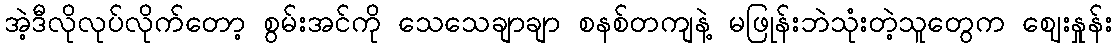
အဲ့ဒီလိုလုပ်လိုက်တော့ စွမ်းအင်ကို သေသေချာချာ စနစ်တကျနဲ့ မဖြုန်းဘဲသုံးတဲ့သူတွေက ဈေးနှုန်း